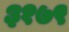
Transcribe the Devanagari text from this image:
३१७९